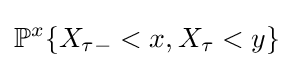
\mathbb {P} ^{x}\{X_{\tau -}<x,X_{\tau }<y\}